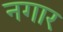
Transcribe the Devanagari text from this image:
नगार